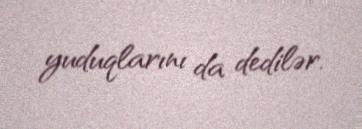
yuduqlarını da dedilər.